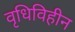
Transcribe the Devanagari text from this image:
वृधिविहीन